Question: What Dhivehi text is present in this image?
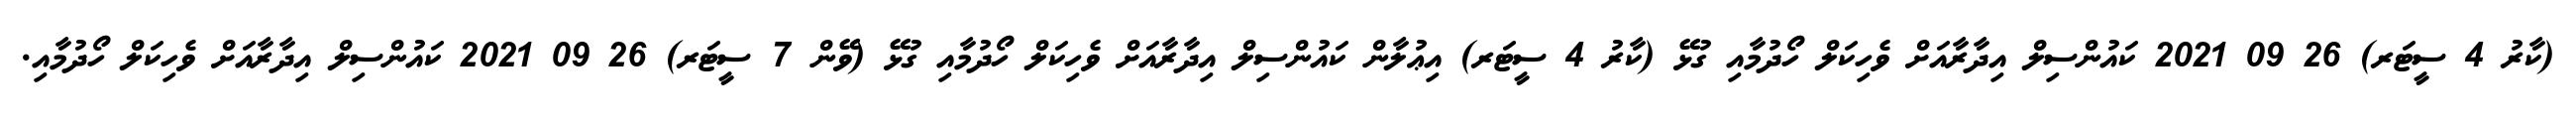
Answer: (ކާރު 4 ސީޓަރ) 26 09 2021 ކައުންސިލް އިދާރާއަށް ވެހިކަލް ހޯދުމާއި ގުޅޭ (ކާރު 4 ސީޓަރ) އިޢުލާން ކައުންސިލް އިދާރާއަށް ވެހިކަލް ހޯދުމާއި ގުޅޭ (ވޭން 7 ސީޓަރ) 26 09 2021 ކައުންސިލް އިދާރާއަށް ވެހިކަލް ހޯދުމާއި.